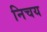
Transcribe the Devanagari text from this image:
निचय